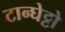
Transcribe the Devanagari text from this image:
टान्घेट्टो